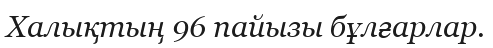
Халықтың 96 пайызы бұлғарлар.